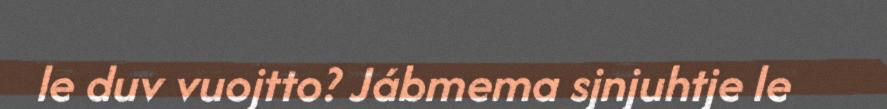
le duv vuojtto? Jábmema sjnjuhtje le